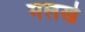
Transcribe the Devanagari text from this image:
मलखे